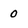
Character: 0